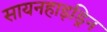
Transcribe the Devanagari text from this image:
सायनहाइड्रिन